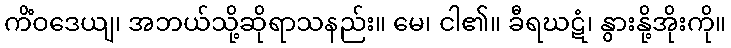
ကိံဝဒေယျ၊ အဘယ်သို့ဆိုရာသနည်း။ မေ၊ ငါ၏။ ခီရဃဋံ၊ နွားနို့အိုးကို။